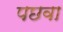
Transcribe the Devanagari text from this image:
पछवा